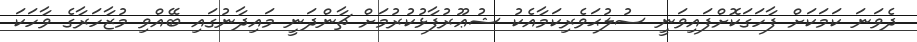
ދެވަނަ ކަމަކަށް ފާހަގަކޮށްފައިވަނީ ސުލުޙަވެރިކަމާއެކު ޝުޢޫރުފާޅުކުރުމަށް ޗާންދަނީ މައިދާނުގައި ބޭއްވި މުޒާހަރާގެ ވާހަކަ